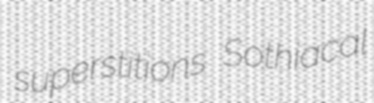
superstitions Sothiacal